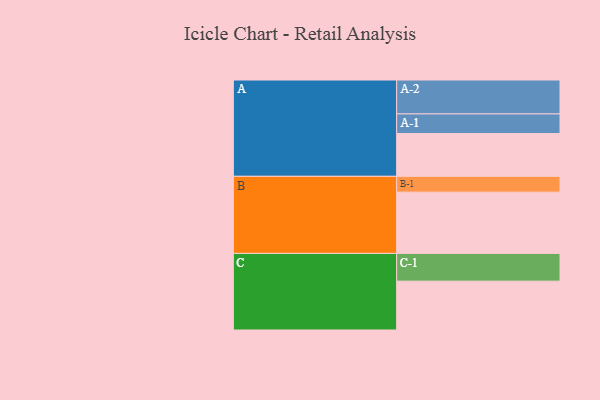
{"axis": {"x": "Segment", "y": "Value"}, "legend": ["", "A", "B", "C"], "data": [{"x": "A", "y": 338, "type": ""}, {"x": "B", "y": 484, "type": ""}, {"x": "C", "y": 386, "type": ""}, {"x": "A-1", "y": 155, "type": "A"}, {"x": "A-2", "y": 268, "type": "A"}, {"x": "B-1", "y": 125, "type": "B"}, {"x": "C-1", "y": 219, "type": "C"}]}